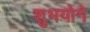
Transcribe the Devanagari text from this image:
शुभयोगे